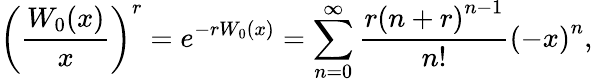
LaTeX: \left({\frac{W_{0}(x)}{x}}\right)^{r}=e^{-rW_{0}(x)}=\sum_{n=0}^{\infty}{\frac{r\left(n+r\right)^{n-1}}{n!}}\left(-x\right)^{n},